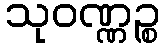
သုဝဏ္ဏဉ္စ